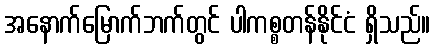
အနောက်မြောက်ဘက်တွင် ပါကစ္စတန်နိုင်ငံ ရှိသည်။